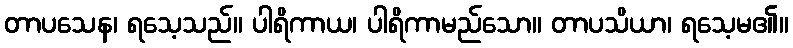
တာပသေန၊ ရသေ့သည်။ ပါရိကာယ၊ ပါရိကာမည်သော။ တာပသိယာ၊ ရသေ့မ၏။